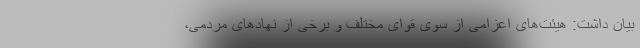
بیان داشت: هیئت‌های اعزامی از سوی قوای مختلف و برخی از نهادهای مردمی،